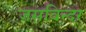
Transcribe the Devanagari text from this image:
जसविन्दर